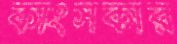
কাংসকার